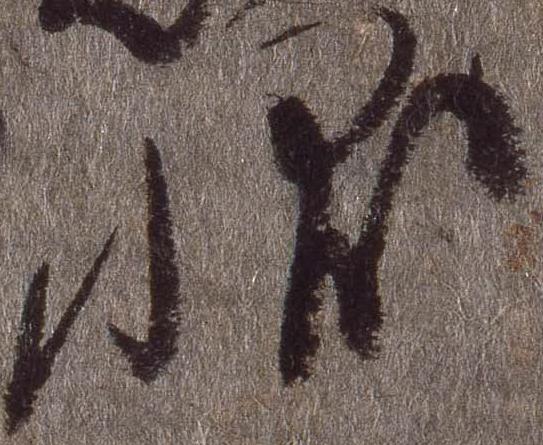
状